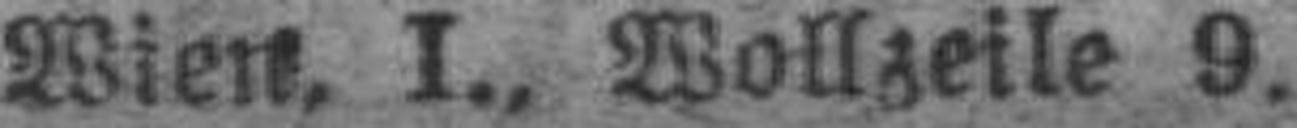
Wien, I., Wollzeile 9.